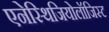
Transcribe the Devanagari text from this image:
एनेस्थिजियोलॉजिस्ट